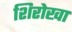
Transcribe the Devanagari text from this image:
शिरोखा